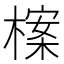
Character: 𣗈